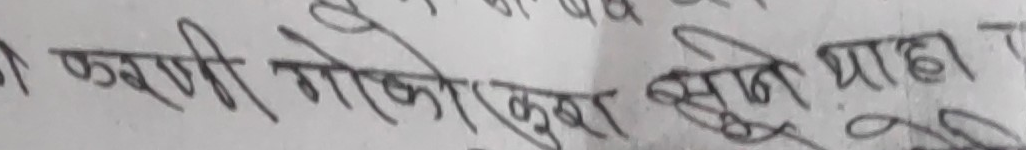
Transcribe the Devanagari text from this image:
कस्नी गोको एकूरा सुते यहाँ ग